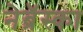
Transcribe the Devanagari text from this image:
नेब्रॅस्का